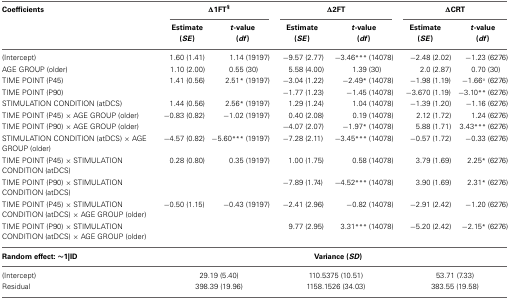
<table><thead><tr><td><b>Coefficients</b></td><td colspan="2"><b>Δ1FT<sup>§</sup></b></td><td colspan="2"><b>Δ2FT</b></td><td colspan="2"><b>ΔCRT</b></td></tr><tr><td></td><td><b>Estimate (<i>SE</i>)</b></td><td><b><i>t</i>-value (<i>df</i>)</b></td><td><b>Estimate (<i>SE</i>)</b></td><td><b><i>t</i>-value (<i>df</i>)</b></td><td><b>Estimate (<i>SE</i>)</b></td><td><b><i>t</i>-value (<i>df</i>)</b></td></tr></thead><tbody><tr><td>(Intercept)</td><td>1.60 (1.41)</td><td>1.14 (19197)</td><td>−9.57 (2.77)</td><td>−3.46<sup>***</sup> (14078)</td><td>−2.48 (2.02)</td><td>−1.23 (6276)</td></tr><tr><td>AGE GROUP (older)</td><td>1.10 (2.00)</td><td>0.55 (30)</td><td>5.58 (4.00)</td><td>1.39 (30)</td><td>2.0 (2.87)</td><td>0.70 (30)</td></tr><tr><td>TIME POINT (P45)</td><td>1.41 (0.56)</td><td>2.51<sup>*</sup> (19197)</td><td>−3.04 (1.22)</td><td>−2.49<sup>*</sup> (14078)</td><td>−1.98 (1.19)</td><td>−1.66° (6276)</td></tr><tr><td>TIME POINT (P90)</td><td></td><td></td><td>−1.77 (1.23)</td><td>−1.45 (14078)</td><td>−3.670 (1.19)</td><td>−3.10<sup>**</sup> (6276)</td></tr><tr><td>STIMULATION CONDITION (atDCS)</td><td>1.44 (0.56)</td><td>2.56<sup>*</sup> (19197)</td><td>1.29 (1.24)</td><td>1.04 (14078)</td><td>−1.39 (1.20)</td><td>−1.16 (6276)</td></tr><tr><td>TIME POINT (P45) × AGE GROUP (older)</td><td>−0.83 (0.82)</td><td>−1.02 (19197)</td><td>0.40 (2.08)</td><td>0.19 (14078)</td><td>2.12 (1.72)</td><td>1.24 (6276)</td></tr><tr><td>TIME POINT (P90) × AGE GROUP (older)</td><td></td><td></td><td>−4.07 (2.07)</td><td>−1.97<sup>*</sup> (14078)</td><td>5.88 (1.71)</td><td>3.43<sup>***</sup> (6276)</td></tr><tr><td>STIMULATION CONDITION (atDCS) × AGE GROUP (older)</td><td>−4.57 (0.82)</td><td>−5.60<sup>***</sup> (19197)</td><td>−7.28 (2.11)</td><td>−3.45<sup>***</sup> (14078)</td><td>−0.57 (1.72)</td><td>−0.33 (6276)</td></tr><tr><td>TIME POINT (P45) × STIMULATION CONDITION (atDCS)</td><td>0.28 (0.80)</td><td>0.35 (19197)</td><td>1.00 (1.75)</td><td>0.58 (14078)</td><td>3.79 (1.69)</td><td>2.25<sup>*</sup> (6276)</td></tr><tr><td>TIME POINT (P90) × STIMULATION CONDITION (atDCS)</td><td></td><td></td><td>−7.89 (1.74)</td><td>−4.52<sup>***</sup> (14078)</td><td>3.90 (1.69)</td><td>2.31<sup>*</sup> (6276)</td></tr><tr><td>TIME POINT (P45) × STIMULATION CONDITION (atDCS) × AGE GROUP (older)</td><td>−0.50 (1.15)</td><td>−0.43 (19197)</td><td>−2.41 (2.96)</td><td>−0.82 (14078)</td><td>−2.91 (2.42)</td><td>−1.20 (6276)</td></tr><tr><td>TIME POINT (P90) × STIMULATION CONDITION (atDCS) × AGE GROUP (older)</td><td></td><td></td><td>9.77 (2.95)</td><td>3.31<sup>***</sup> (14078)</td><td>−5.20 (2.42)</td><td>−2.15<sup>*</sup> (6276)</td></tr><tr><td><b>Random effect: ~1|ID</b></td><td colspan="6"><b>Variance (<i>SD</i>)</b></td></tr><tr><td>(Intercept)</td><td colspan="2">29.19 (5.40)</td><td colspan="2">110.5375 (10.51)</td><td colspan="2">53.71 (7.33)</td></tr><tr><td>Residual</td><td colspan="2">398.39 (19.96)</td><td colspan="2">1158.1526 (34.03)</td><td colspan="2">383.55 (19.58)</td></tr></tbody></table>